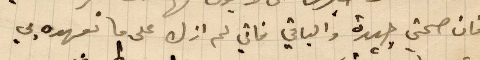
فان صحتي جيدة والباقي فاني لا ازل على ما تعهده بي